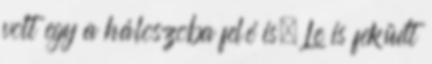
volt egy a háloszoba felé is. Le is feküdt